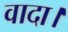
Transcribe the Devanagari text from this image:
वादा।